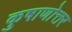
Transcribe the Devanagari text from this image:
कुषाणोत्तर